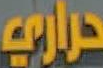
حراري